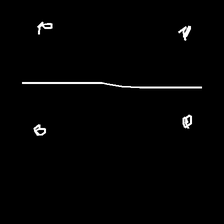
Glyph: cool